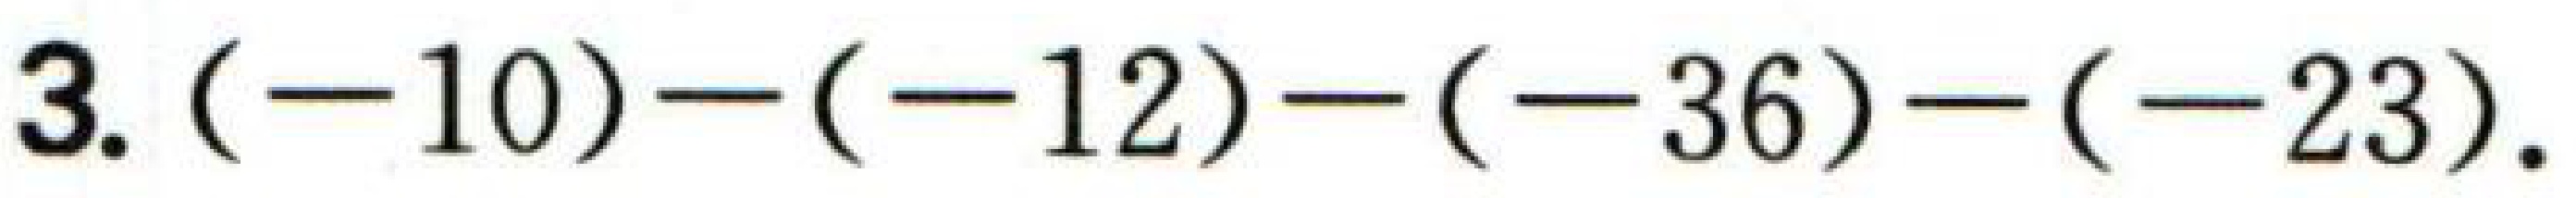
3. \((-10)-(-12)-(-36)-(-23)\).